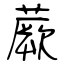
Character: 蕨